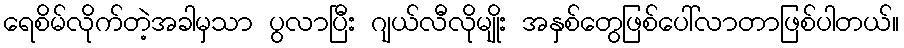
ရေစိမ်လိုက်တဲ့အခါမှသာ ပွလာပြီး ဂျယ်လီလိုမျိုး အနှစ်တွေဖြစ်ပေါ်လာတာဖြစ်ပါတယ်။